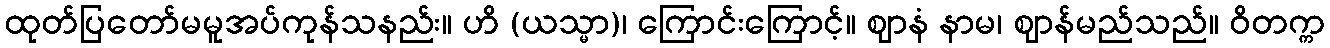
ထုတ်ပြတော်မမူအပ်ကုန်သနည်း။ ဟိ (ယသ္မာ)၊ ကြောင်းကြောင့်။ ဈာနံ နာမ၊ ဈာန်မည်သည်။ ဝိတက္က